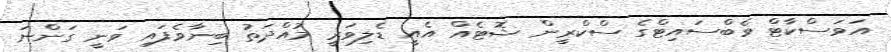
އަވަސްކާޓް ވެބްސައިޓްގެ ސްކްރީން ޝޮޓެއް އެއީ ޑެލިވަރީ މުއްދަތު ބިނާވެފައި ވަނީ ގަންނަ